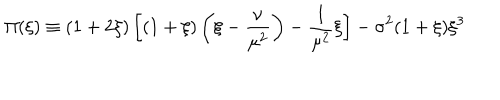
LaTeX: \Pi ( \xi ) \equiv ( 1 + 2 \xi ) \left[ ( 1 + \xi ) \left( \xi - \frac { \nu } { \mu ^ { 2 } } \right) - \frac { 1 } { \mu ^ { 2 } } \xi \right] - \sigma ^ { 2 } ( 1 + \xi ) \xi ^ { 3 }